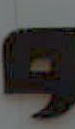
و